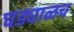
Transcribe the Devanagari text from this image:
घड्याळच